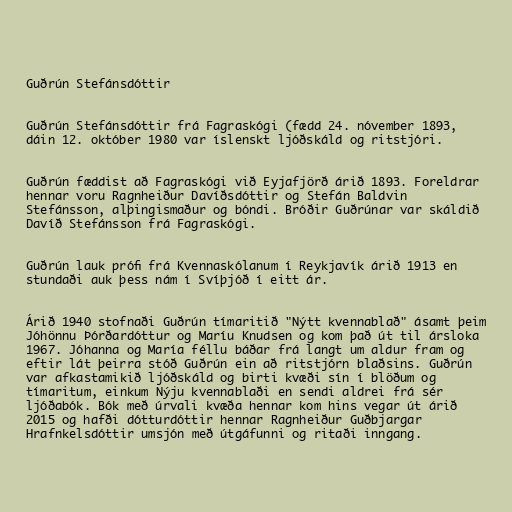
Guðrún Stefánsdóttir

Guðrún Stefánsdóttir frá Fagraskógi (fædd 24. nóvember 1893,
dáin 12. október 1980 var íslenskt ljóðskáld og ritstjóri.

Guðrún fæddist að Fagraskógi við Eyjafjörð árið 1893. Foreldrar
hennar voru Ragnheiður Davíðsdóttir og Stefán Baldvin
Stefánsson, alþingismaður og bóndi. Bróðir Guðrúnar var skáldið
Davíð Stefánsson frá Fagraskógi.

Guðrún lauk prófi frá Kvennaskólanum í Reykjavík árið 1913 en
stundaði auk þess nám í Svíþjóð í eitt ár.

Árið 1940 stofnaði Guðrún tímaritið "Nýtt kvennablað" ásamt þeim
Jóhönnu Þórðardóttur og Maríu Knudsen og kom það út til ársloka
1967. Jóhanna og María féllu báðar frá langt um aldur fram og
eftir lát þeirra stóð Guðrún ein að ritstjórn blaðsins. Guðrún
var afkastamikið ljóðskáld og birti kvæði sín í blöðum og
tímaritum, einkum Nýju kvennablaði en sendi aldrei frá sér
ljóðabók. Bók með úrvali kvæða hennar kom hins vegar út árið
2015 og hafði dótturdóttir hennar Ragnheiður Guðbjargar
Hrafnkelsdóttir umsjón með útgáfunni og ritaði inngang.